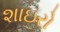
શાઇરો